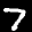
Label: 7